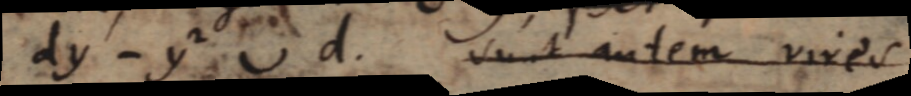
dy ‐ y²⌣d. Sunt autem vires